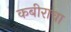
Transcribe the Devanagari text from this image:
कबीराचा